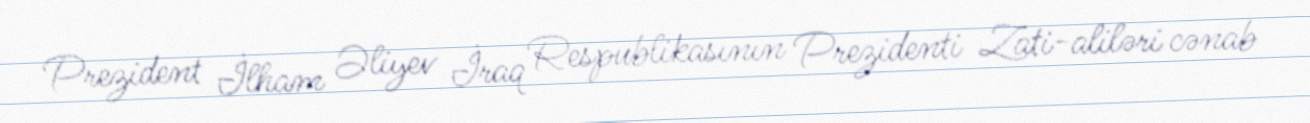
Prezident İlham Əliyev İraq Respublikasının Prezidenti Zati-aliləri cənab